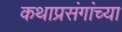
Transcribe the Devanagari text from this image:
कथाप्रसंगांच्या